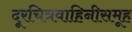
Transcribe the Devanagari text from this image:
दूरचित्रवाहिनीसमूह